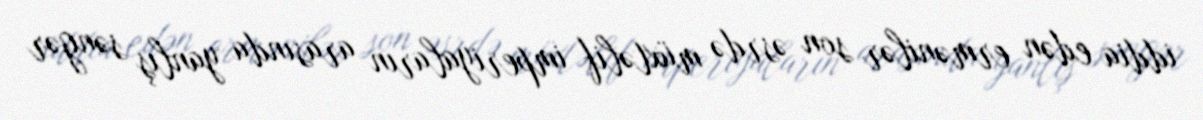
iddia edən ermənilər son əsrdə müxtəlif imperiyaların arasında yanlış səngər